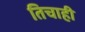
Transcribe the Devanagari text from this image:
तिचाही